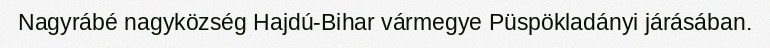
Nagyrábé nagyközség Hajdú-Bihar vármegye Püspökladányi járásában.